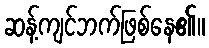
ဆန့်ကျင်ဘက်ဖြစ်နေ၏။